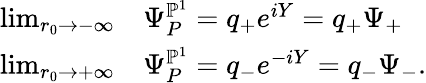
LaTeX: \begin{array}{rl}{\operatorname*{lim}_{r_{0}\to-\infty}}&{\Psi_{P}^{\mathbb{P}^{1}}=q_{+}e^{iY}=q_{+}\Psi_{+}}\\ {\operatorname*{lim}_{r_{0}\to+\infty}}&{\Psi_{P}^{\mathbb{P}^{1}}=q_{-}e^{-iY}=q_{-}\Psi_{-}.}\end{array}